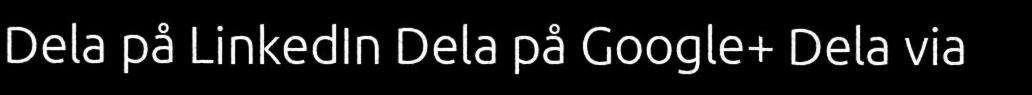
Dela på LinkedIn Dela på Google+ Dela via